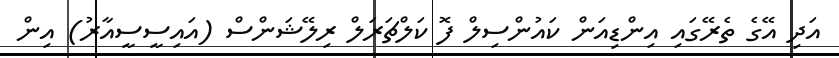
އަދި އޭގެ ތެރޭގައި އިންޑިއަން ކައުންސިލް ފޮ ކަލްޗަރަލް ރިލޭޝަންސް (އައިސީސީއާރު) އިން